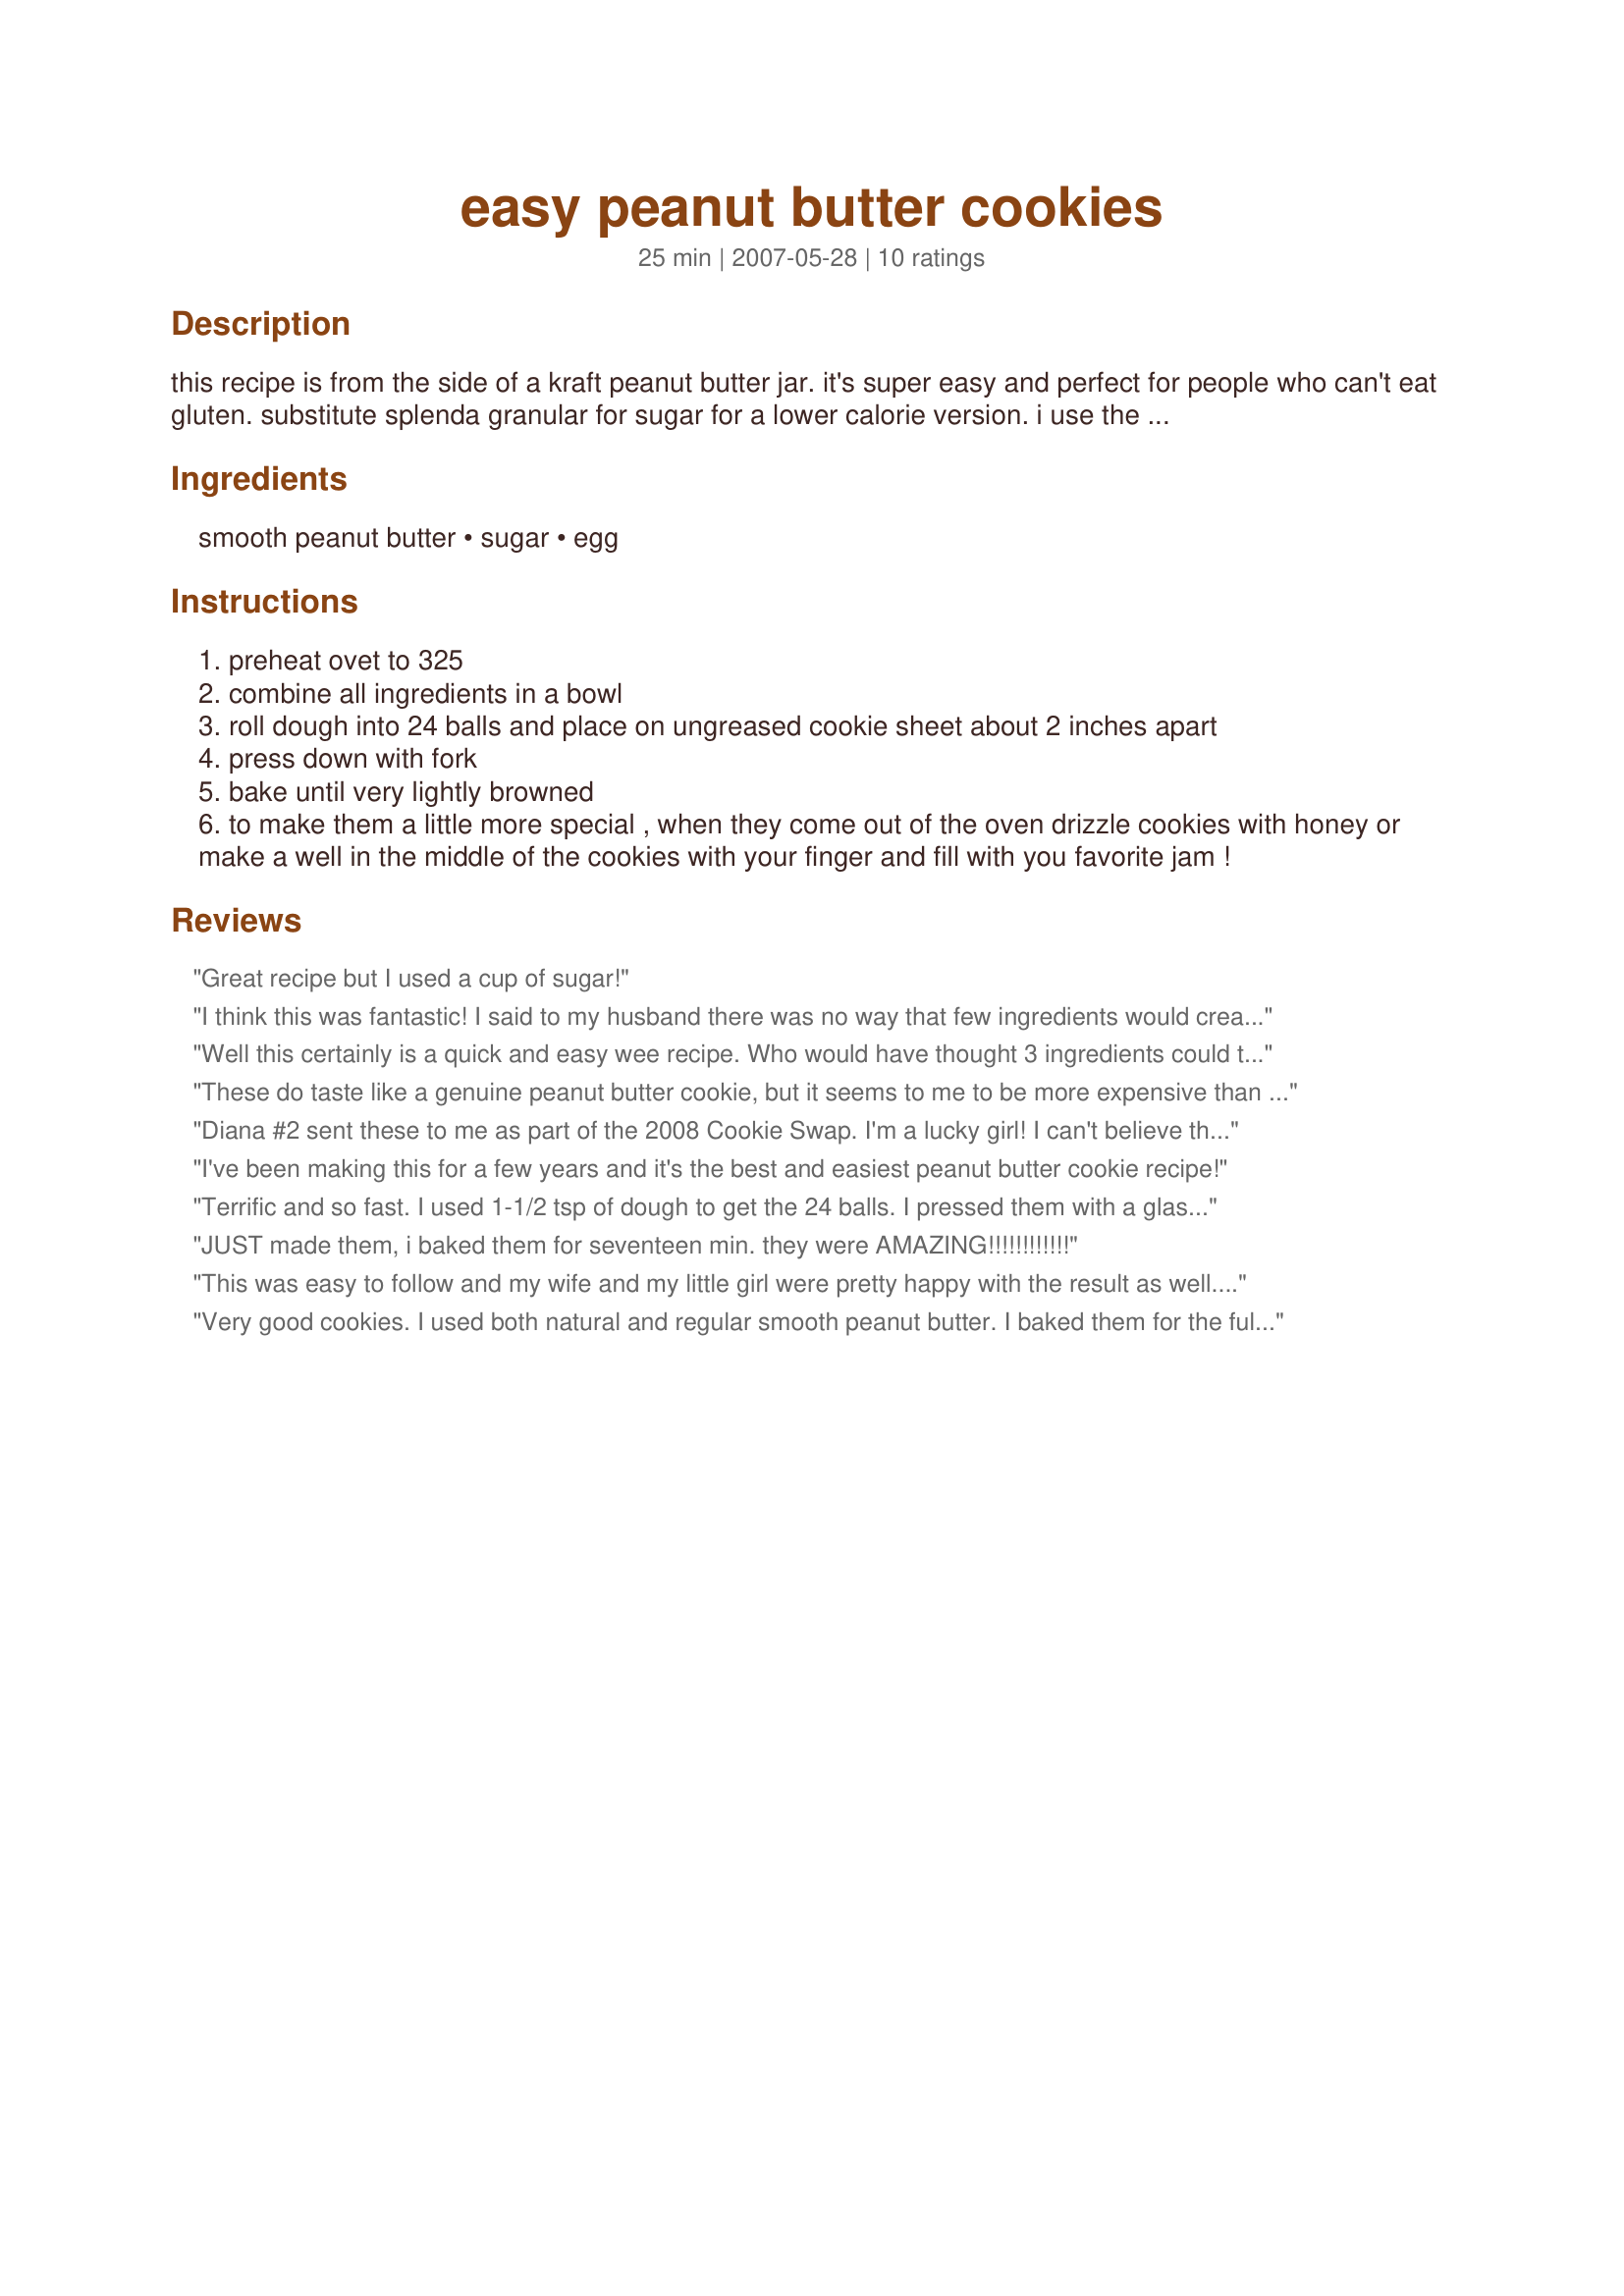
easy peanut butter cookies
Preparation time: 25 minutes

this recipe is from the side of a kraft peanut butter jar. it's super easy and perfect for people who can't eat gluten. substitute splenda granular for sugar for a lower calorie version. i use the reduced fat peanut butter.

Ingredients:
smooth peanut butter, sugar, egg

Steps:
preheat ovet to 325
combine all ingredients in a bowl
roll dough into 24 balls and place on ungreased cookie sheet about 2 inches apart
press down with fork
bake until very lightly browned
to make them a little more special , when they come out of the oven drizzle cookies with honey or make a well in the middle of the cookies with your finger and fill with you favorite jam !

Reviews:
Great recipe but I used a cup of sugar!
I think this was fantastic! I said to my husband there was no way that few ingredients would create a cookie! Boy was I wrong. I used the exact recipe for the first batch and played a little with the second. I used half regular and half brown sugar and topped some with choc. chips and others with jam. The brown sugar really added a great molasses, almost gingerbread quality to it. All of them were great, the original recipe and the additions I did with the second batch. Plus I love telling people what little is in it! I will definitely remember this for any gluten allergies I come across. I made these for a neighbor who has brought me terrific food everyday since we moved in last week, I wanted to be safe and use the gluten free recipe. She was impressed and also asked for the recipe. Plus I like that I always have the ingredients on hand.
Well this certainly is a quick and easy wee recipe. Who would have thought 3 ingredients could turn into such awesome cookies. Peanut butter, sugar and an egg: I've always got these ingredients on hand and I especially like that they are so quick to mix. A real keeper of a recipe. Made for PAC Fall 2012.
These do taste like a genuine peanut butter cookie, but it seems to me to be more expensive than one with flour. I would definitely try this with almond butter, as peanut butter seems to not agree with me anymore (even organic). Great choice for people avoiding gluten, though!
Diana #2 sent these to me as part of the 2008 Cookie Swap. I'm a lucky girl! I can't believe that 3 ingredients can make such a terrific cookie.
I've been making this for a few years and it's the best and easiest peanut butter cookie recipe!
Terrific and so fast. I used 1-1/2 tsp of dough to get the 24 balls. I pressed them with a glass dipped in sugar than scored with a fork. So very tasty too.
JUST made them, i baked them for seventeen min. they were AMAZING!!!!!!!!!!!!
This was easy to follow and my wife and my little girl were pretty happy with the result as well. I will be making them again.
Very good cookies. I used both natural and regular smooth peanut butter. I baked them for the full 15 minutes and they came out a bit overdone (but not burnt). They were delicious anyways, and next time i'll put them in for 12 minutes instead. Thanks for the easy recipe!
